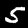
Digit: 5